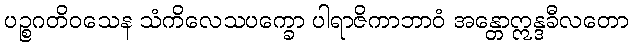
ပဉ္စဂတိဝသေန သံကိလေသပက္ခော ပါရာဇိကာဘာဝံ အန္တောဣန္ဒခီလတော